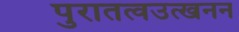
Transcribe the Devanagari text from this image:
पुरातत्वउत्खनन